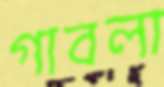
গাবলা